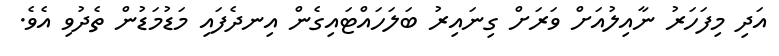
އަދި މިފަހަރު ނާއިލުއަށް ވަރަށް ގިނައިރު ބަލަހައްޓައިގެން އިނދެފައި މަޑުމަޑުން ތެދުވި އެވެ.